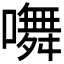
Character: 𭋩